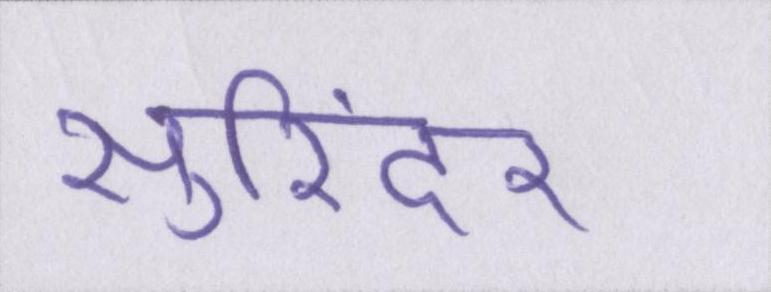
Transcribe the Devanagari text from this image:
सुरिंदर